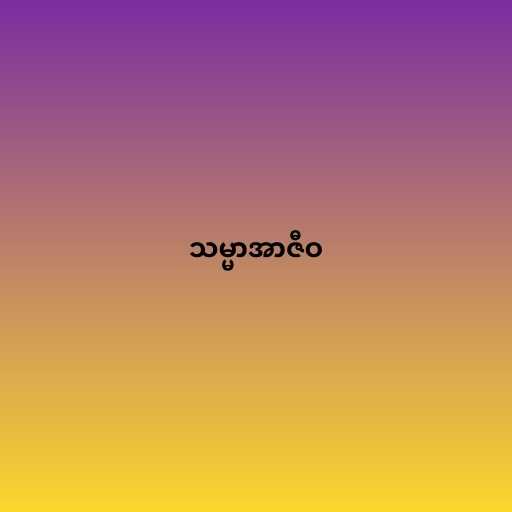
သမ္မာအာဇီဝ